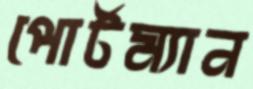
পোর্টম্যান